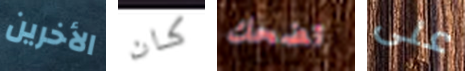
الأخرين كان تضحك على